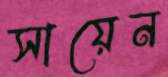
সায়েন